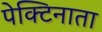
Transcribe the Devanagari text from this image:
पेक्टिनाता